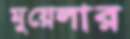
মুয়েলার